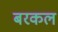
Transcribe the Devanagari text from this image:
बरकल